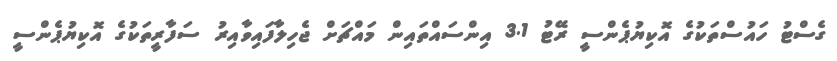
ގެސްޓު ހައުސްތަކުގެ އޮކިޔުޕެންސީ ރޭޓު 3.1 އިންސައްތައިން މައްޗަށް ޖެހިލާފައިވާއިރު ސަފާރީތަކުގެ އޮކިޔުޕެންސީ